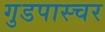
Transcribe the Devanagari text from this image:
गुडपास्चर